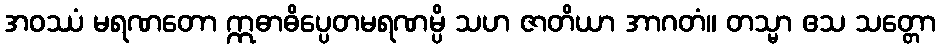
အဝဿံ မရဏတော ဣဓာဓိပ္ပေတမရဏမ္ပိ သဟ ဇာတိယာ အာဂတံ။ တသ္မာ ဧသ သတ္တော